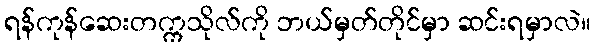
ရန်ကုန်ဆေးတက္ကသိုလ်ကို ဘယ်မှတ်တိုင်မှာ ဆင်းရမှာလဲ။